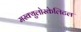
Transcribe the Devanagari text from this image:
मस्क्युलोस्केलिटल